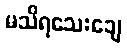
မသိရသေးချေ